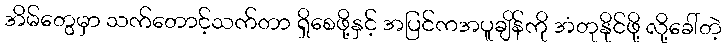
အိမ်တွေမှာ သက်တောင့်သက်တာ ရှိစေဖို့နှင့် အပြင်ကအပူချိန်ကို အံတုနိုင်ဖို့ လို့ခေါ်တဲ့